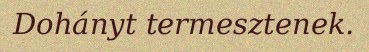
Dohányt termesztenek.